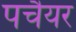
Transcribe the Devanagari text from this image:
पचैयर